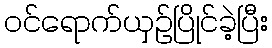
ဝင်ရောက်ယှဉ်ပြိုင်ခဲ့ပြီး